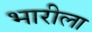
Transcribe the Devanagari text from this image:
भारीला